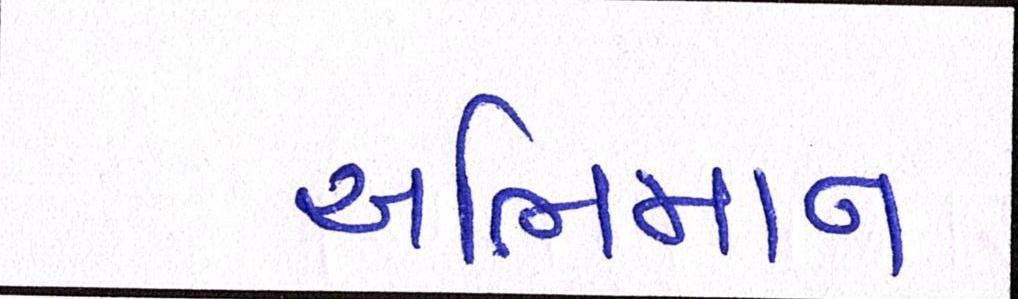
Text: અભિમાન